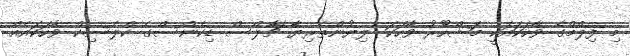
މި ފިލްމްގެ ވާހަކައަކީ މަޝްހޫރު ވާހަކަ ލިޔުންތެރިޔާ ޗާލްސް ޑިކެންސްގެ ކްލެސިކް ވާހަކައެއް